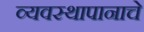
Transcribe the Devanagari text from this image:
व्यवस्थापानाचे